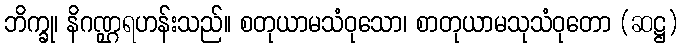
ဘိက္ခု၊ နိဂဏ္ဌရဟန်းသည်။ စတုယာမသံဝုသော၊ စာတုယာမသုသံဝုတော (ဆဋ္ဌ)